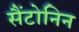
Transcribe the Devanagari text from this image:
सैंटोनिन